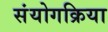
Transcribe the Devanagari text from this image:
संयोगक्रिया